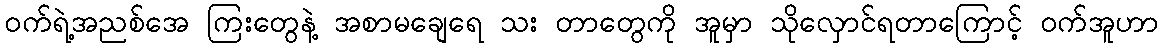
ဝက်ရဲ့အညစ်အေ ကြးတွေနဲ့ အစာမချေရေ သး တာတွေကို အူမှာ သိုလှောင်ရတာကြောင့် ဝက်အူဟာ